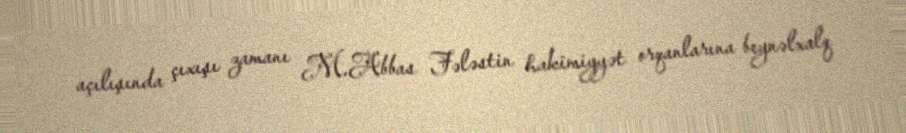
açılışında çıxışı zamanı M.Abbas Fələstin hakimiyyət orqanlarına beynəlxalq